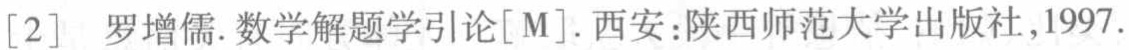
[2] 罗增儒. 数学解题学引论[M]. 西安:陕西师范大学出版社,1997.